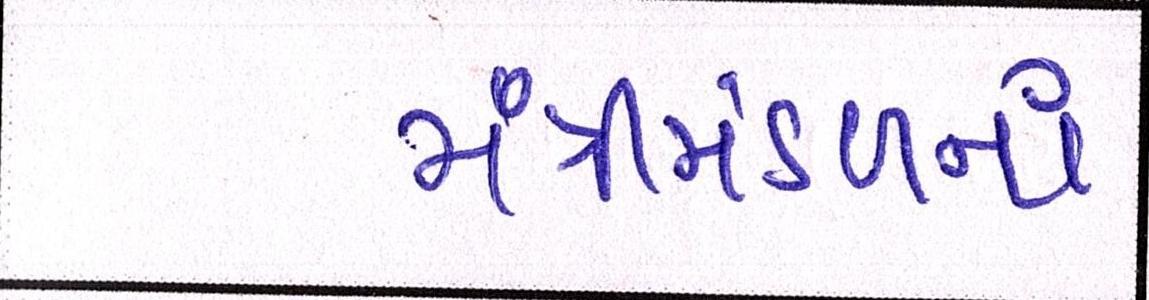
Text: મંત્રીમંડળનાં